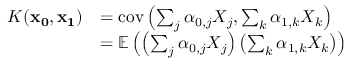
\begin{array} { r l } { K ( \mathbf { x _ { 0 } } , \mathbf { x _ { 1 } } ) } & { = \mathrm { c o v } \left( \sum _ { j } \alpha _ { 0 , j } X _ { j } , \sum _ { k } \alpha _ { 1 , k } X _ { k } \right) } \\ & { = \mathbb { E } \left( \left( \sum _ { j } \alpha _ { 0 , j } X _ { j } \right) \left( \sum _ { k } \alpha _ { 1 , k } X _ { k } \right) \right) } \end{array}